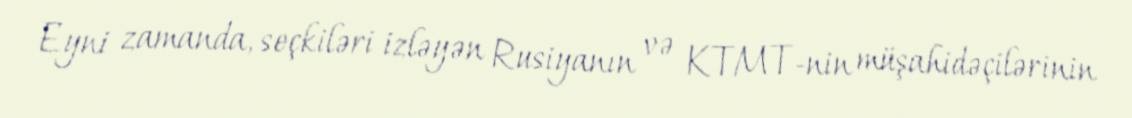
Eyni zamanda, seçkiləri izləyən Rusiyanın və KTMT-nin müşahidəçilərinin